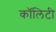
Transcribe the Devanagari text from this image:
कॉलिटी